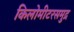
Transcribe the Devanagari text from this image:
किलोमीटरसमुद्र